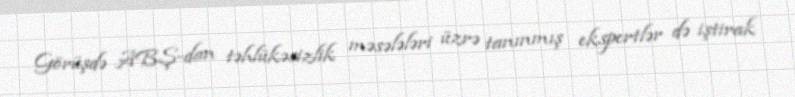
Görüşdə ABŞ-dan təhlükəsizlik məsələləri üzrə tanınmış ekspertlər də iştirak